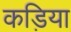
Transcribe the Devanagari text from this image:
कड़िया